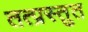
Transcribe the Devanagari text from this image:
तत्प्रस्तुत